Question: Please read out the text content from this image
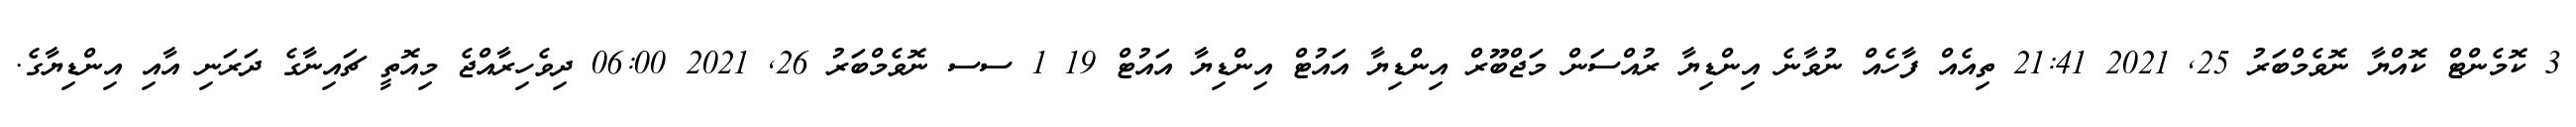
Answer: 3 ކޮމެންޓް ކޮއްޔާ ނޮވެމްބަރު 25, 2021 21:41 ތިއެއް ފާހެއް ނުވާނެ އިންޑިޔާ ރުއްސަން މަޖްބޫރް އިންޑިޔާ އައުޓް އިންޑިޔާ އައުޓް 19 1 ސސ ނޮވެމްބަރު 26, 2021 06:00 ދިވެހިރާއްޖެ މިއޮތީ ޗައިނާގެ ދަރަނި އާއި އިންޑިޔާގެ.